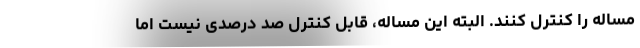
مساله را کنترل کنند. البته این مساله، قابل کنترل صد درصدی نیست اما